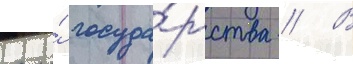
его́ госуда́рства // В